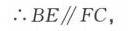
\(\therefore BE\parallel FC\)，